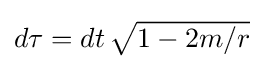
{\textstyle d\tau =dt\,{\sqrt {1-2m/r}}}